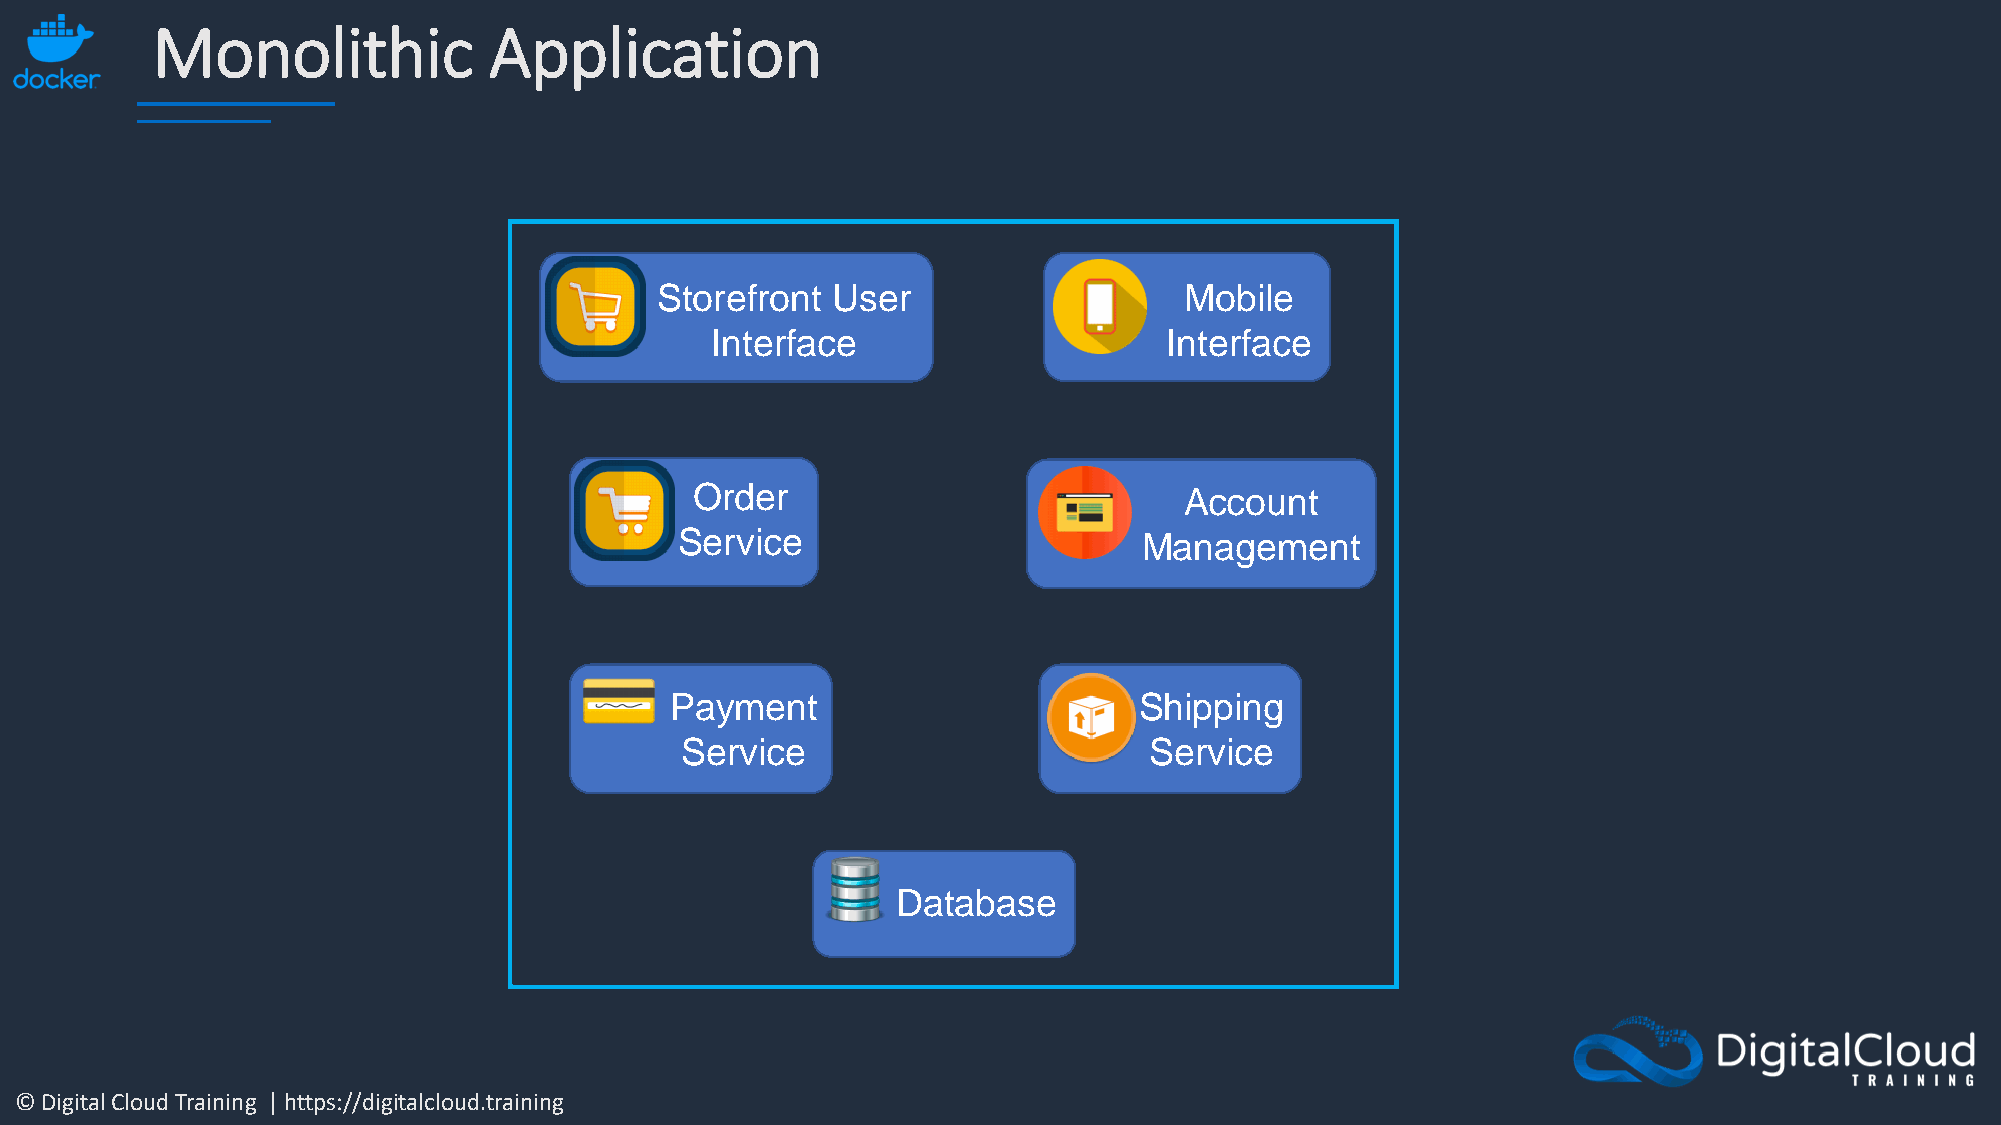
Monolithic            Application
 Storefront  User                   Mobile
 Interface                     Interface
 Order                           Account
 Service                        Management
 Payment                        Shipping
 Service                        Service
 Database
 © Digital Cloud Training | https://digitalcloud.training